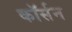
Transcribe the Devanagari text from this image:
कॉर्सन